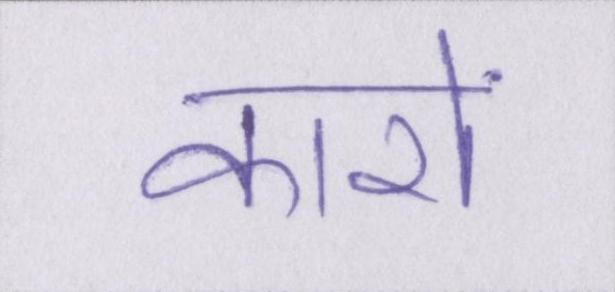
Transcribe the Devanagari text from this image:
कारों